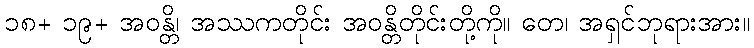
၁၈+ ၁၉+ အဝန္တိ၊ အဿကတိုင်း အဝန္တိတိုင်းတို့ကို။ တေ၊ အရှင်ဘုရားအား။